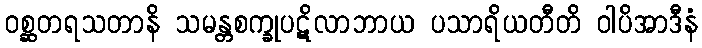
ဝစ္ဆတရသတာနိ သမန္တစက္ခုပဋိလာဘာယ ပသာရိယတီတိ ဝါပိအာဒီနံ